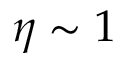
\eta \sim 1